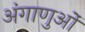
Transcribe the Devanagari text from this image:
अंगाणुओं